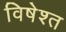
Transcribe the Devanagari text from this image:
विषेश्त